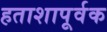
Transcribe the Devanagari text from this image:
हताशापूर्वक